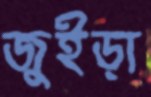
জুইড়া